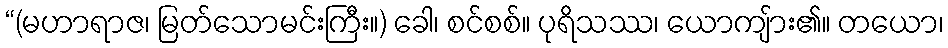
“(မဟာရာဇ၊ မြတ်သောမင်းကြီး။) ခေါ၊ စင်စစ်။ ပုရိသဿ၊ ယောကျ်ား၏။ တယော၊